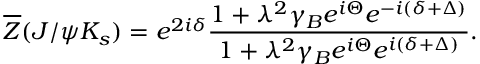
\overline { { { Z } } } ( J / { \psi } K _ { s } ) = e ^ { 2 i { \delta } } \frac { 1 + { \lambda } ^ { 2 } { \gamma } _ { B } e ^ { i { \Theta } } e ^ { - i ( { \delta } + { \Delta } ) } } { 1 + { \lambda } ^ { 2 } { \gamma } _ { B } e ^ { i { \Theta } } e ^ { i ( { \delta } + { \Delta } ) } } .